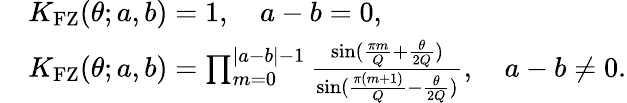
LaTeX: \begin{array}{rl}&{K_{\mathrm{FZ}}(\theta;a,b)=1,\quad a-b=0,}\\ &{K_{\mathrm{FZ}}(\theta;a,b)=\prod_{m=0}^{|a-b|-1}\frac{\sin(\frac{\pi m}{Q}+\frac{\theta}{2Q})}{\sin(\frac{\pi(m+1)}{Q}-\frac{\theta}{2Q})},\quad a-b\neq 0.}\end{array}